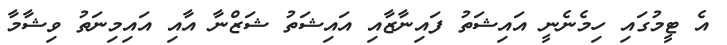
އެ ޓީމުގައި ހިމެނެނީ އައިޝަތު ފައިނާޒާއި އައިޝަތު ޝަޒްނާ އާއި އައިމިނަތު ވިޝާމާ